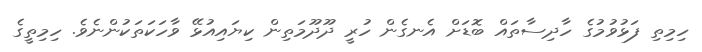
ހިމިތި ފަޅުވުމުގެ ހާދިސާތައް ބޮޑަށް އެނގެން ހުރީ ދޫދޫމަތިން ކިޔައިއުޅޭ ވާހަކަތަކުންނެވެ. ހިމިތީގެ